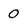
Character: 0